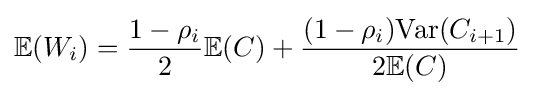
\mathbb {E} (W_{i})={\frac {1-\rho _{i}}{2}}\mathbb {E} (C)+{\frac {(1-\rho _{i}){\text{Var}}(C_{i+1})}{2\mathbb {E} (C)}}